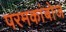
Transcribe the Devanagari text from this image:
परमकांबोज